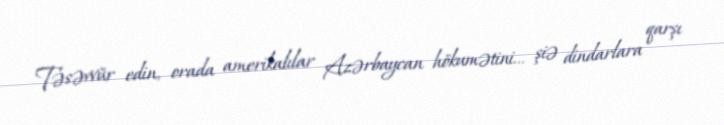
Təsəvvür edin, orada amerikalılar Azərbaycan hökumətini... şiə dindarlara qarşı